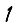
Digit: 1